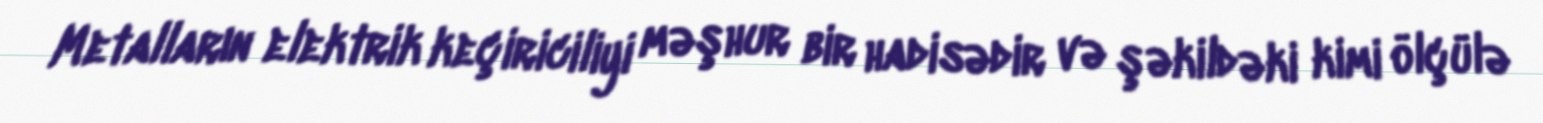
Metalların elektrik keçiriciliyi məşhur bir hadisədir və şəkildəki kimi ölçülə